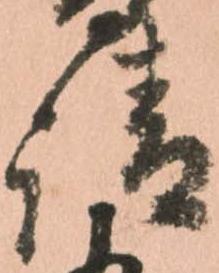
請